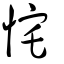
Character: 㤞